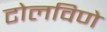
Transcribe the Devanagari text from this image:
टोलविणे